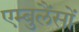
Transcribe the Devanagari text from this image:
एम्बुलैंसों